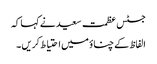
جسٹس عظمت سعید نے کہا کہ
الفاظ کے چناؤ میں احتیاط کریں ۔